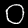
Digit: 0